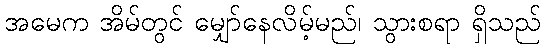
အမေက အိမ်တွင် မျှော်နေလိမ့်မည်၊ သွားစရာ ရှိသည်